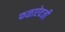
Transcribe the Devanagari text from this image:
फळाऐवजी